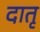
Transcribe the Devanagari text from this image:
दातृ